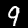
Label: 9